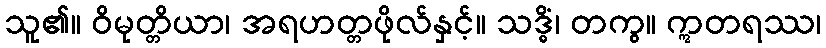
သူ၏။ ဝိမုတ္တိယာ၊ အရဟတ္တဖိုလ်နှင့်။ သဒ္ဓိံ၊ တကွ။ ဣတရဿ၊